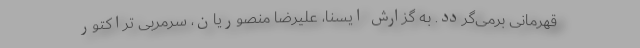
قهرمانی برمی‌گردد. به گزارش ایسنا، علیرضا منصوریان، سرمربی تراکتور